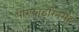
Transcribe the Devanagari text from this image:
पोरफाइरिनमेह